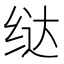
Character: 𫄤